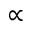
\propto